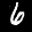
Label: 6